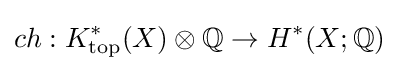
ch:K_{\text{top}}^{*}(X)\otimes \mathbb {Q} \to H^{*}(X;\mathbb {Q} )